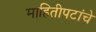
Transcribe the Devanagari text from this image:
माहितीपटांचे